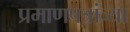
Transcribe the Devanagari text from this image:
प्रमाणपत्रांच्या